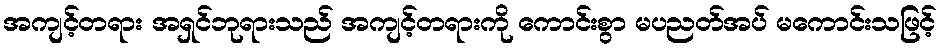
အကျင့်တရား အရှင်ဘုရားသည် အကျင့်တရားကို ကောင်းစွာ မပညတ်အပ် မကောင်းသဖြင့်